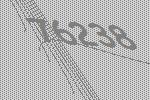
76238